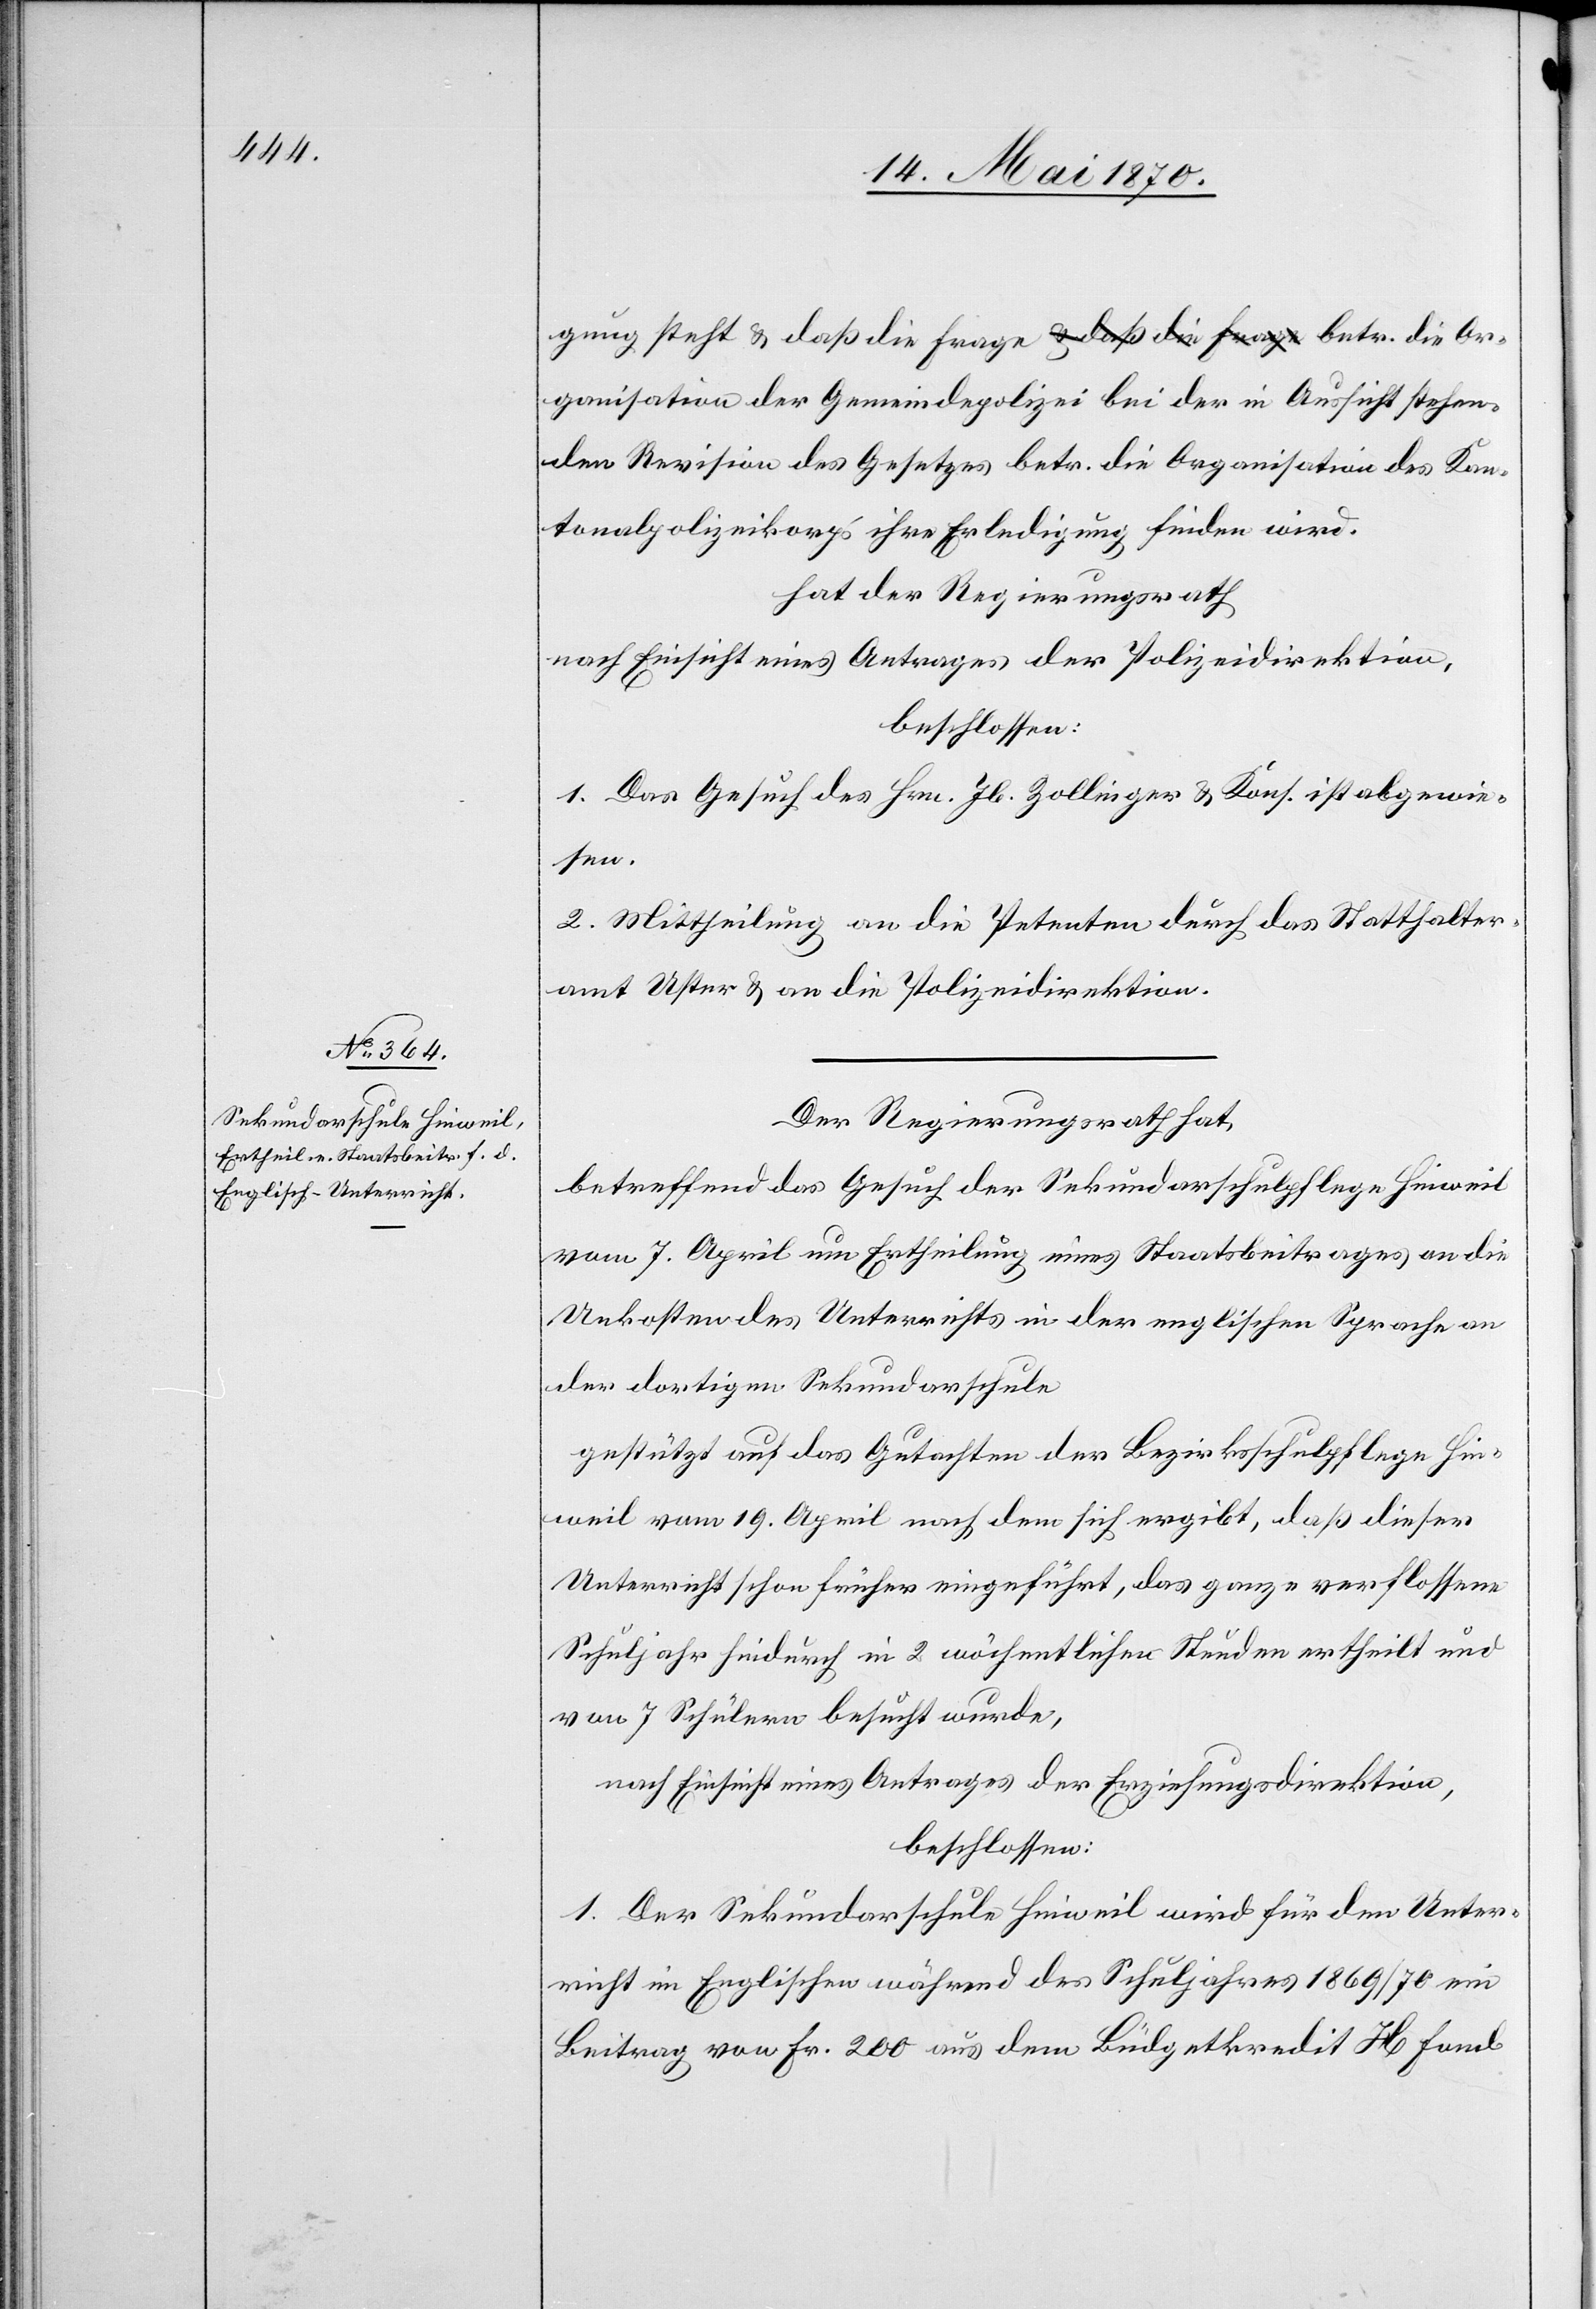
gung steht & daß die Frage betr. die Organisation der
den Revision des Gesetzes betr. die Organisation des Kan¬
tonalpolizeikorps ihre Erledigung finden wird
hat der Regierungsrath
nach Einsicht eines Antrages der Polizeidirektion,
beschlossen:
1. Das Gesuch des Hrn. Jb. Zollinger & Kons. ist abgewie¬
sen.
2. Mittheilung an die Petenten durch das Statthalter¬
amt Uster & an die Polizeidirektion.
Der Regierungsrath hat,
betreffend das Gesuch der Sekundarschulpflege Hinweil
vom 7. April um Ertheilung eines Staatsbeitrages an die
Unkosten des Unterrichts in der englischen Sprache an
der dortigen Sekundarschule
gestützt auf das Gutachten der Bezirksschulpflege Hin¬
weil vom 19. April nach dem sich ergibt, daß dieser
Unterricht schon früher eingeführt, das ganze verflossene
Schuljahr hindurch in 2 wöchentlichen Stunden ertheilt und
von 7 Schülern besucht wurde,
nach Einsicht eines Antrages der Erziehungsdirektion,
beschlossen:
1. Der Sekundarschule Hinweil wird für den Unter¬
richt im Englischen während des Schuljahres 1869/70 ein
Beitrag von Fr. 200 aus dem Büdgetkredit H[,] Fond